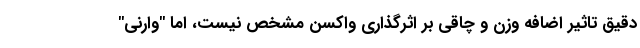
دقیق تاثیر اضافه وزن و چاقی بر اثرگذاری واکسن مشخص نیست، اما "وارنی"